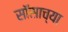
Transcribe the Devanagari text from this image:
सॉसाच्या